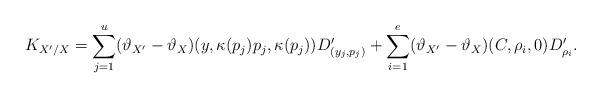
LaTeX: \begin{align*}K_{X' / X} = \sum_{j=1}^u (\vartheta_{X'}-\vartheta_X) (y,\kappa(p_j)p_j,\kappa(p_j)) D_{(y_j,p_j)}' + \sum_{i=1}^e (\vartheta_{X'}-\vartheta_X) (C,\rho_i,0) D_{\rho_i}'.\end{align*}